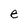
Character: e